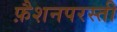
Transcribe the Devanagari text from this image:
फ़ैशनपरस्ती